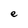
Character: e